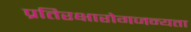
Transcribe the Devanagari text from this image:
प्रतिरक्षारोगजन्यता